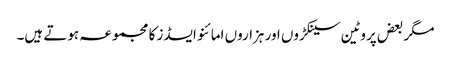
مگر بعض پروٹین سینکڑوں اور ہزاروں امائنو ایسڈز کا مجموعہ ہوتے ہیں۔